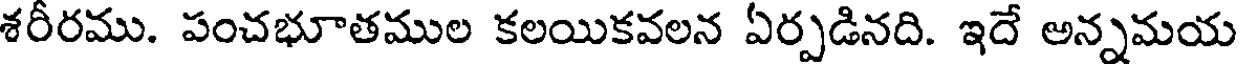
శరీరము. పంచభూతముల కలయికవలన ఏర్పడినది. ఇదే అన్నమయ